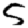
Digit: 5